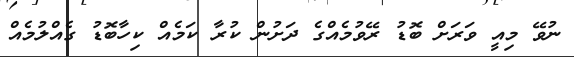
ނުވޭ މިއީ ވަރަށް ބޮޑު ރޭވުމެއްގެ ދަށުން ކުރާ ކަމެއް ކިހާބޮޑު ގެއްލުމެއް